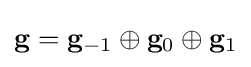
\mathbf {g} =\mathbf {g} _{-1}\oplus \mathbf {g} _{0}\oplus \mathbf {g} _{1}